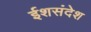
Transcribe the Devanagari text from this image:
ईशसंदेश